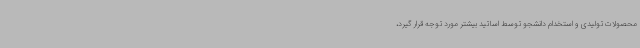
محصولات تولیدی و استخدام دانشجو توسط اساتید بیشتر مورد توجه قرار گیرد،